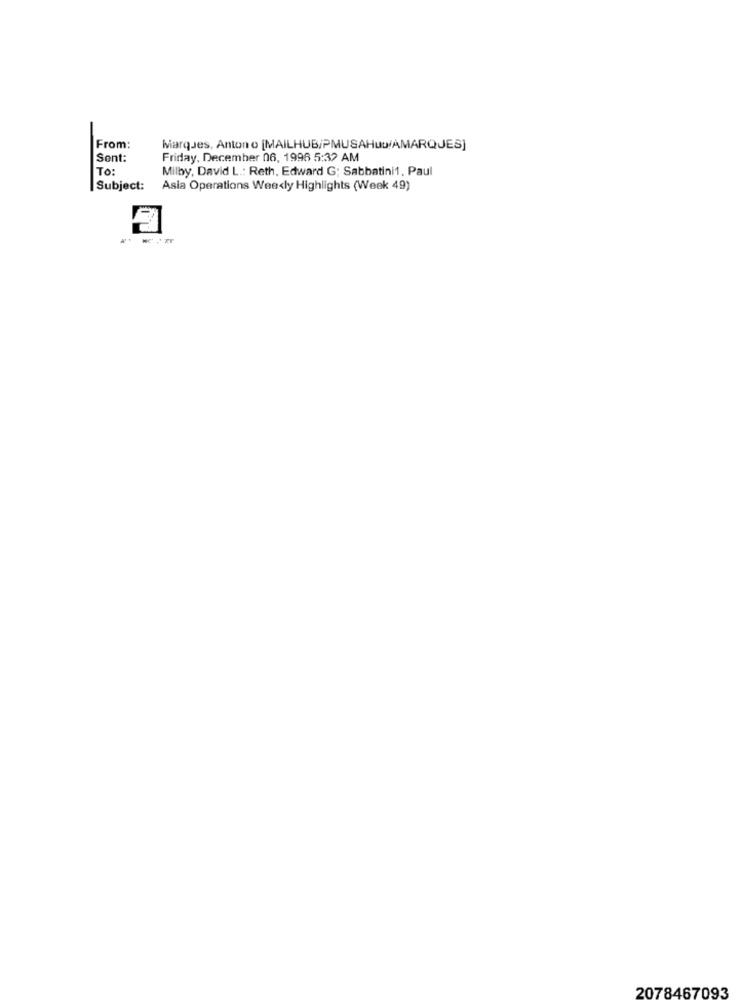
From:
Marques, Anton o [MAILHUB/PMUSAHuw/AMARQJES]
Sent:
Friday, December 06, 1996 5:32 AM
To:
Milby, David L .: Reth, Edward G; Sabbatini1, Paul
Subject:
Asia Operations Weekly Highlights (Week 49)
2078467093